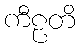
ကီဠတိ